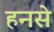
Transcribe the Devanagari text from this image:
हनसे